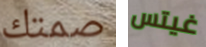
صمتك غيتس